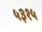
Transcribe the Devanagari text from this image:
५३१५